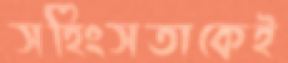
সহিংসতাকেই